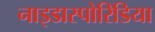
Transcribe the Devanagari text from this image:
नाइडास्पोरिडिया